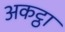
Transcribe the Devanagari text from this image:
अकट्ठा